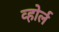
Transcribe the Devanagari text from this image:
व्होर्ल